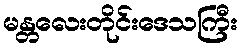
မန္တလေးတိုင်းဒေသကြီး